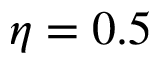
\eta = 0 . 5